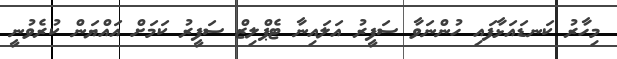
މިހާރު ކަނޑައަޅާފައި ހުންނަވާ ސަފީރު އަލައިނާ ޓެޕްލިޒް ސަފީރު ކަމަށް އައްޔަން ކުރެވުނީ